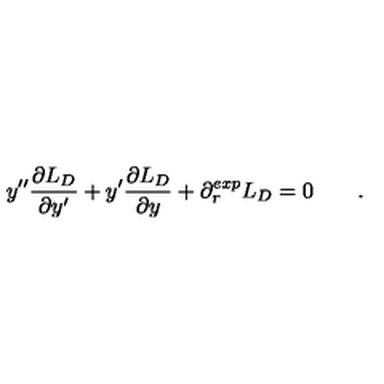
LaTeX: y ^ { \prime \prime } { \frac { \partial L _ { D } } { \partial y ^ { \prime } } } + y ^ { \prime } { \frac { \partial L _ { D } } { \partial y } } + \partial _ { r } ^ { e x p } L _ { D } = 0 \qquad .